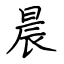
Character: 晨